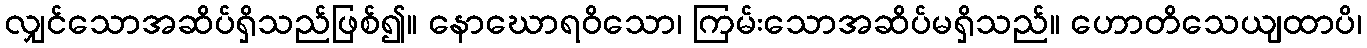
လျှင်သောအဆိပ်ရှိသည်ဖြစ်၍။ နောဃောရဝိသော၊ ကြမ်းသောအဆိပ်မရှိသည်။ ဟောတိသေယျထာပိ၊